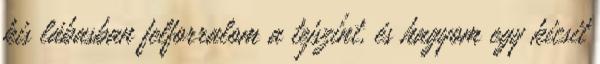
kis lábasban felforralom a tejszínt, és hagyom egy kicsit